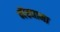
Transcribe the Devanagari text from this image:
मेंढ्याना